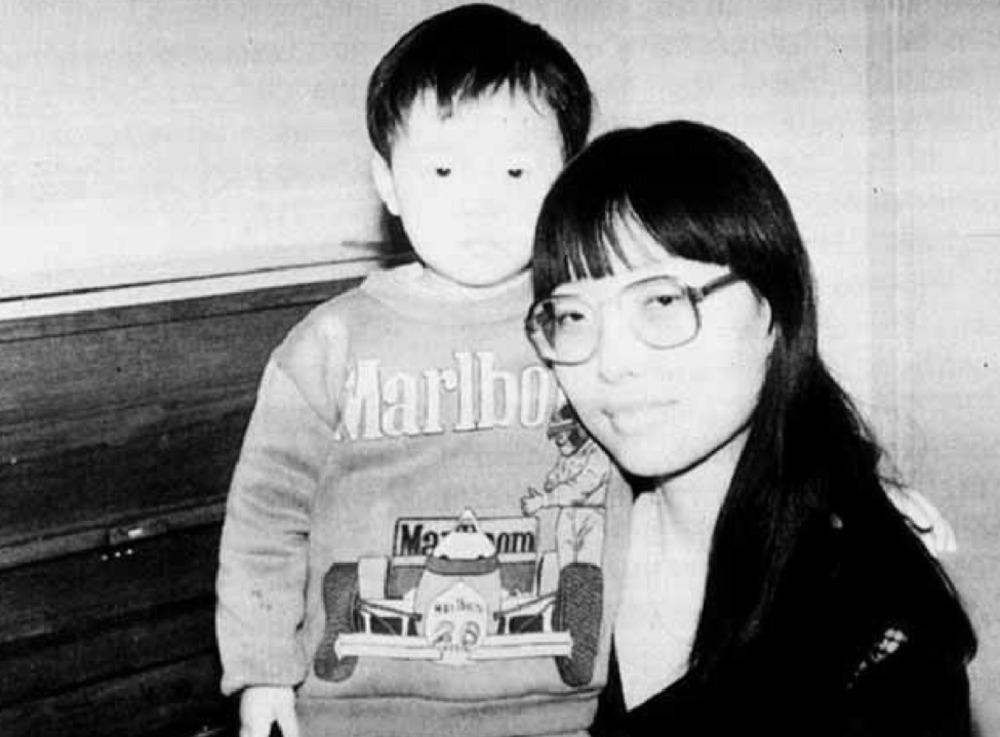
Marlbo
Maxsom